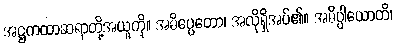
အဋ္ဌကထာဆရာတို့အယူကို။ အဓိပ္ပေတော၊ အလိုရှိအပ်၏။ အဓိပ္ပါယောတိ၊